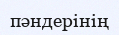
пәндерінің